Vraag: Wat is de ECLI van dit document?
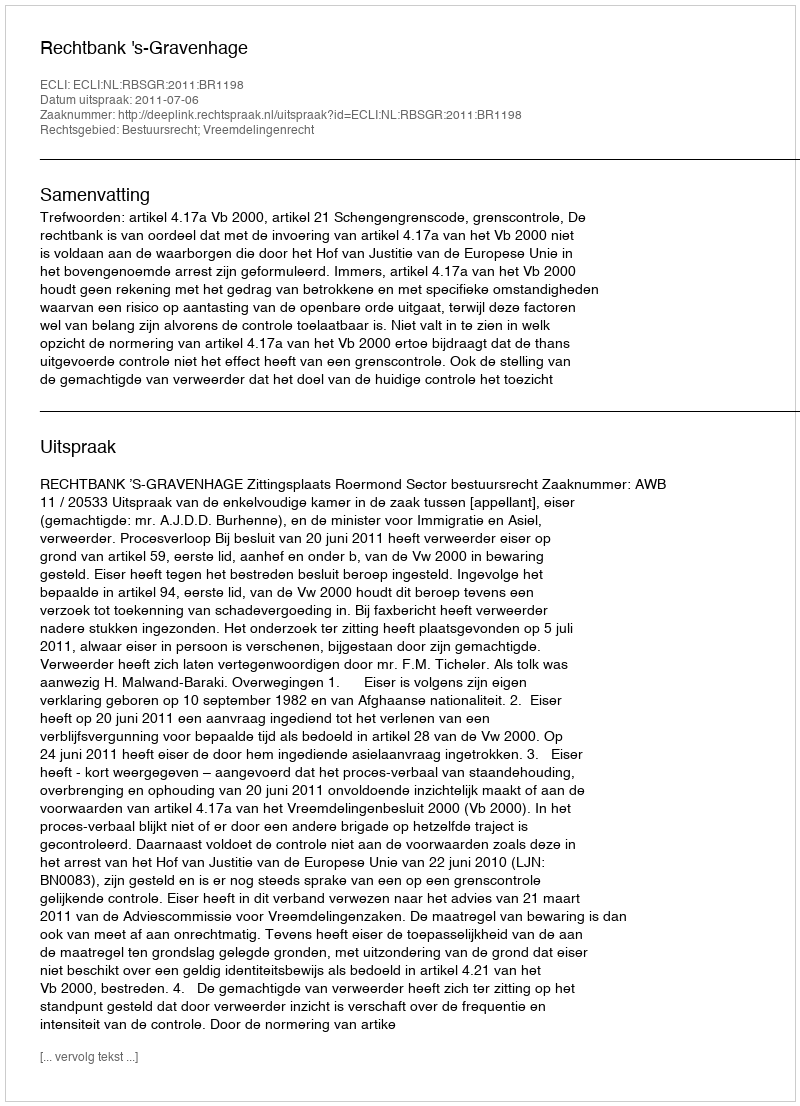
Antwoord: ECLI:NL:RBSGR:2011:BR1198